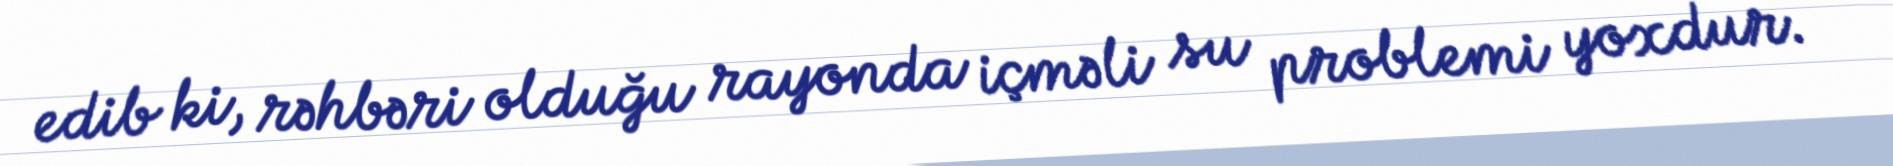
edib ki, rəhbəri olduğu rayonda içməli su problemi yoxdur.